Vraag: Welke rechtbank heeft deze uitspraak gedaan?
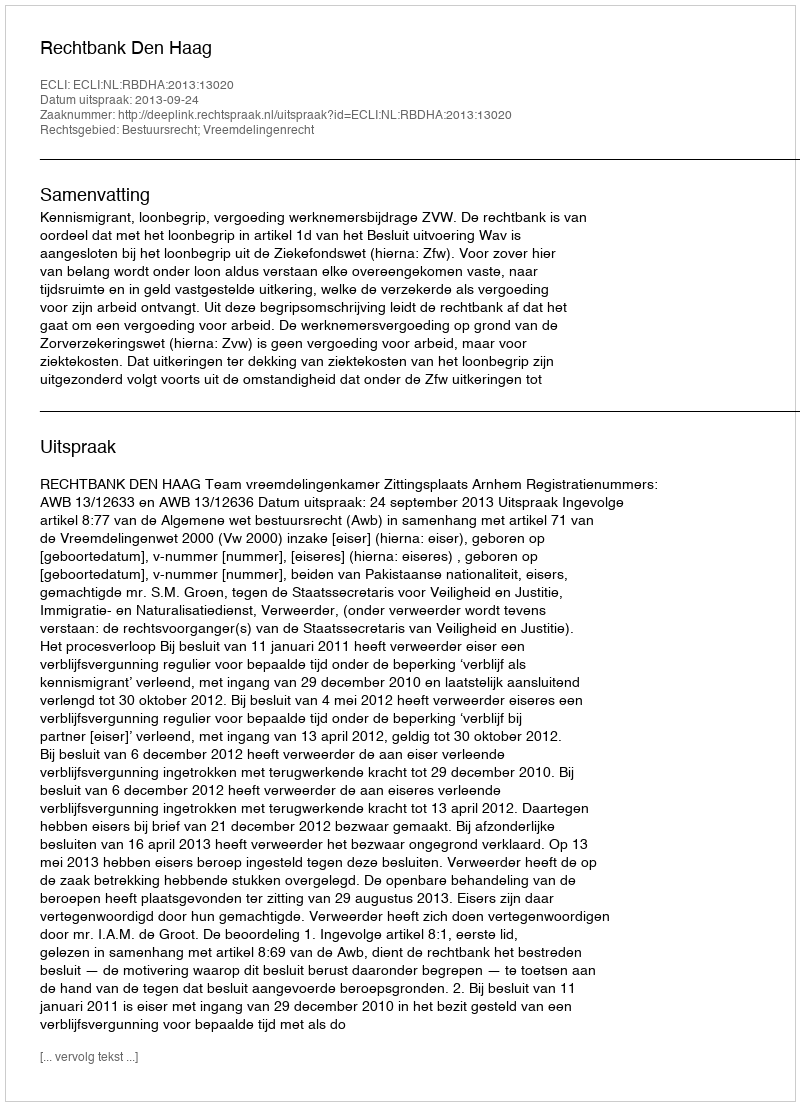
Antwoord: Rechtbank Den Haag